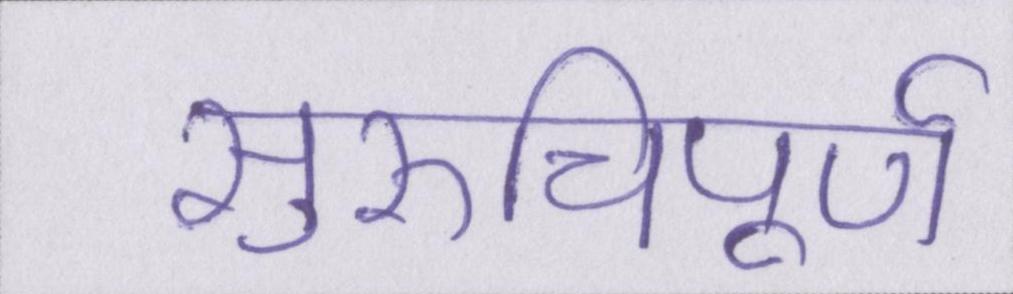
सुरुचिपूर्ण